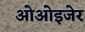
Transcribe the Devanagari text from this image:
ओओइजेर